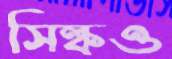
সিল্কও